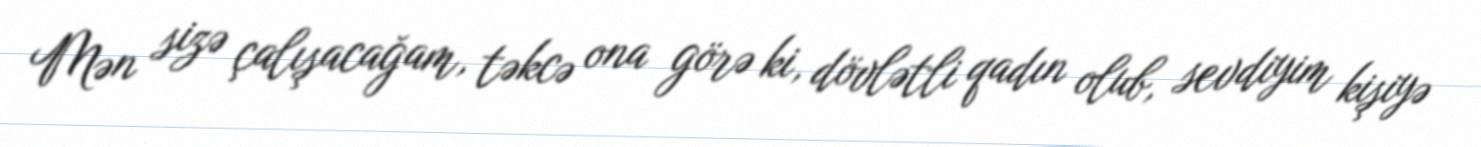
Mən sizə çalışacağam, təkcə ona görə ki, dövlətli qadın olub, sevdiyim kişiyə